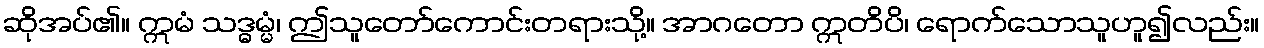
ဆိုအပ်၏။ ဣမံ သဒ္ဓမ္မံ၊ ဤသူတော်ကောင်းတရားသို့။ အာဂတော ဣတိပိ၊ ရောက်သောသူဟူ၍လည်း။